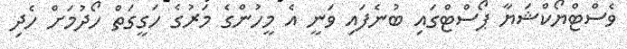
ވެސްޓްޔޯކްޝަޔާ ޕޯސްޓްގައި ބުނެފައި ވަނީ އެ މީހުންގެ މަރުގެ ހަގީގަތް ހޯދުމަށް ހެދި